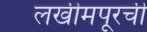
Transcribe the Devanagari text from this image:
लखीमपूरची